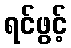
ရင်ဖွင့်